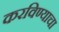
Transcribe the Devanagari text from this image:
करविण्याचा